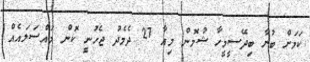
ކަމަށް ބުނާ ބިދޭސީމީހާ ޝުމޮން މިއާ 27 ދެމެދު ޖެހުނީ ކޮން މައްސަލައެއް